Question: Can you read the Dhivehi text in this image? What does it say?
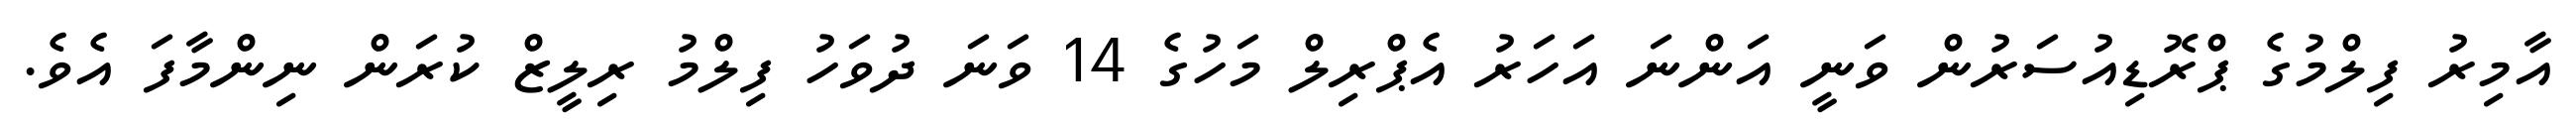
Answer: އާމިރު ފިލްމުގެ ޕްރޮޑިއުސަރުން ވަނީ އަންނަ އަހަރު އެޕްރިލް މަހުގެ 14 ވަނަ ދުވަހު ފިލްމު ރިލީޒް ކުރަން ނިންމާފަ އެވެ.